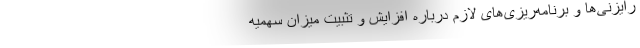
رایزنی‌ها و برنامه‌ریزی‌های لازم درباره افزایش و تثبیت میزان سهمیه